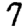
Digit: 7